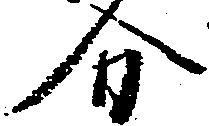
分